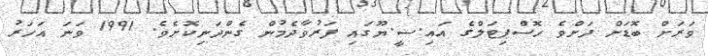
ވަރަށް ބޮޑަށް ދަށްވެ ހޮސްޕިޓަލްގެ އައި.ސީ.ޔޫގައި ފަރުވާދެމުން ގެންދަނިކޮށެވެ. 1991 ވަނަ އަހަރު